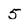
Character: 5